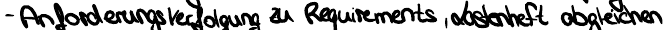
- Anforderungsverfolgung zu Requirements, Lastenheft abgleichen